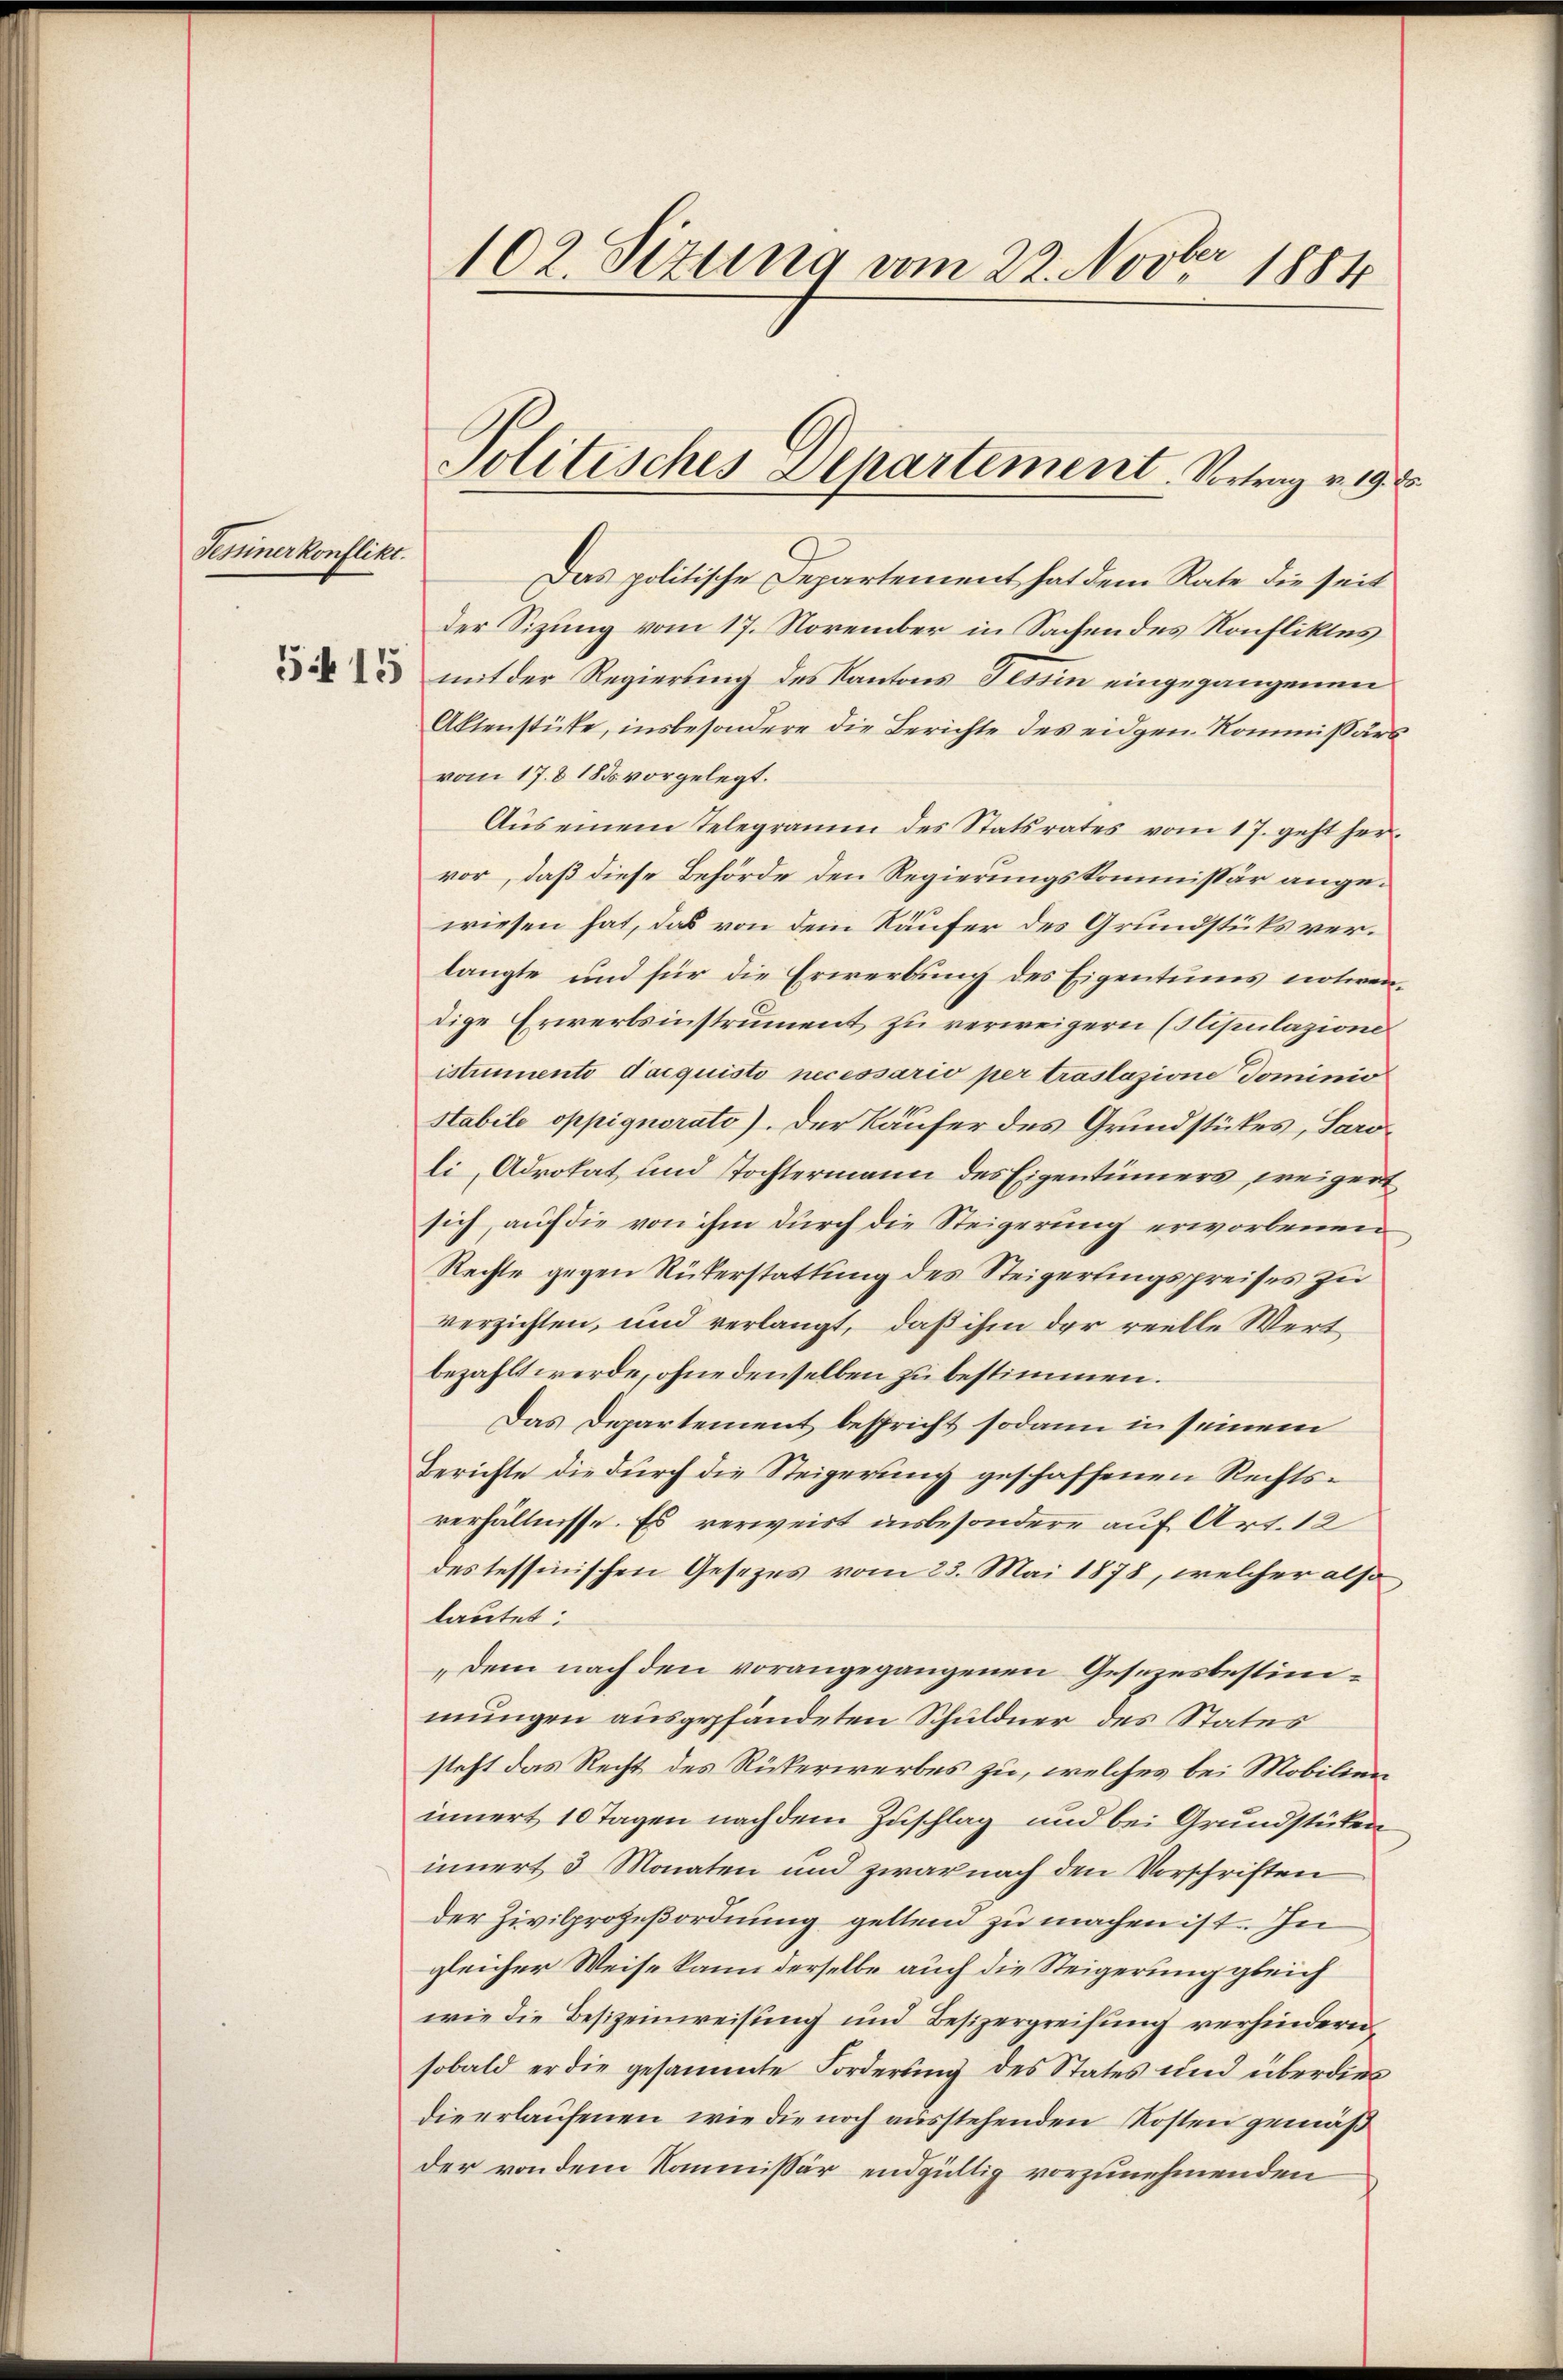
Tessiner konflikt.
54 15

102. Sizung vom 22. Novber 1884

Das politische Departement hat dem Rate die seit
der Sizung vom 17. November in Sachendes Konfliktes
mit der Regierung des Kantons Tessin eingegangenen
Altenstüke, insbesondere die Berichte des eidgen. Kommissärs
vom 17. 8 185 vorgelegt.
Aŭs einem Telegramm des Statsrates vom 17. geht her-
vor, daß diese Behörde den Regierungskommissär angewiesen hat, das von dem Käufer des Grundstüks verlangte und für die Erwerbung des Eigentums notwendige Erwertsinstrument zu verweigern (Hipulazione
istrumento d’acquisto necessario per traslazione Dominio
Htabile oppignorate). Der Käufer des Grundstükes, Saroli, Advokat und Tochtermann des Eigentümers, weigert
sich, auf die von ihm durch die Steigerung erworbenen
Rechte gegen Rükerstattung des Steigerlingspreises zu
verzichten, und verlangt, daß ihm der reelle Wertbezahlt werde, ohne denselben zu bestimmen.
Das Departement bespricht sodann in seinem
Berichte die durch die Steigerung geschaffenen Rechtsverhältnisse. Es verweist insbesondere auf Art. 12
des tessinischen Gesezes vom 23. Mai 1878, welcher also
lautet:
„Dem nach den vorangegangenen Gesezesbestimmungen ausgepfändeten Schuldner des Status
steht das Recht des Rickerwerbes zu, welches bei Mobilien
innert 10 Tagen nach dem Zuschlag und bei Grundstüken
innert 3 Monaten und zwar nach den Vorschriften
der Zivilprozeßordnung geltend zu machen ist. In
gleicher Weise kann derselbe auch die Steigerung gleich
wie die Besizeinweisung und Besizergreifung verhindern,
sobald er die gesammte Forderung des States und überdies
die erlaufenen, wie die noch ausstehenden Kosten gemäß
der von dem Kommissär endgültig vorzunehmenden

Politisches Departement, Vortrag v. 19. 8